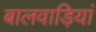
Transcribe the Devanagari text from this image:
बालवाड़ियां